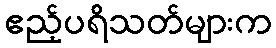
ဧည့်ပရိသတ်များက